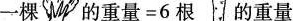
一棵 的重量=6根 的重量